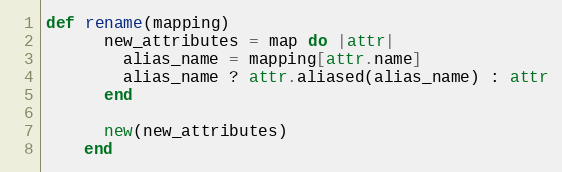
Language: Ruby
def rename(mapping)
      new_attributes = map do |attr|
        alias_name = mapping[attr.name]
        alias_name ? attr.aliased(alias_name) : attr
      end

      new(new_attributes)
    end